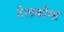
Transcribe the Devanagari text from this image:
टेलकोमा